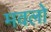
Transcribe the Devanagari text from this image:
मवलो